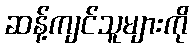
ဆန့်ကျင်သူများကို